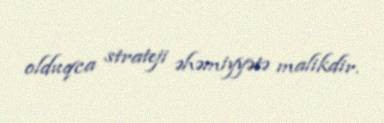
olduqca strateji əhəmiyyətə malikdir.